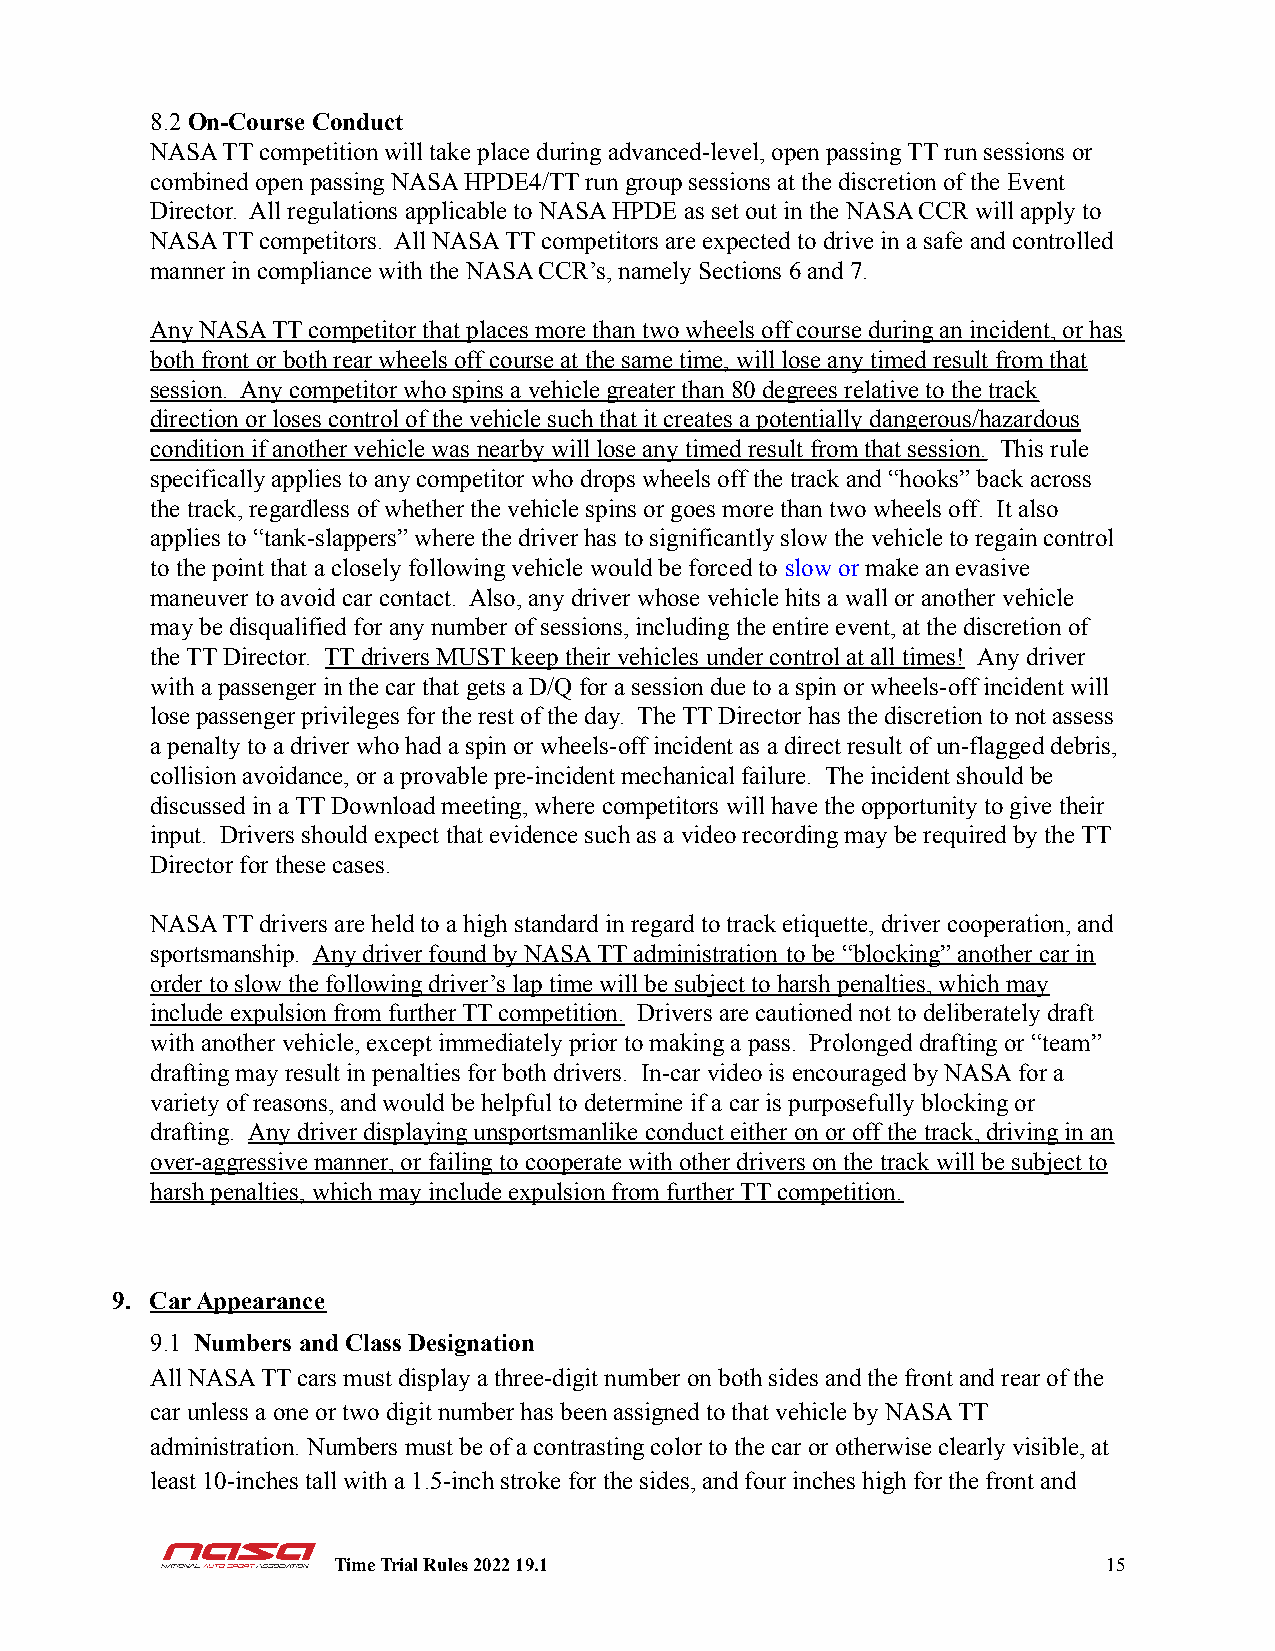
8.2On-Course Conduct
 NASA TT competition will take place during advanced-level, open passing TT run sessions or
 combined open passing NASA HPDE4/TT run group sessions at the discretion of the Event
 Director. All regulations applicable to NASA HPDE as set out in the NASA CCR will apply to
 NASA TT competitors. All NASA TT competitors are expected to drive in a safe and controlled
 manner in compliance with the NASA CCR’s, namely Sections 6 and 7.
 Any NASA TT competitor that places more than two wheels off course during an incident, or has
 both front or both rear wheels off course at the same time, will lose any timed result from that
 session. Any competitor who spins a vehicle greater than 80 degrees relative to the track
 direction or loses control of the vehicle such that it creates a potentially dangerous/hazardous
 condition if another vehicle was nearby will lose any timed result from that session. This rule
 specifically applies to any competitor who drops wheels off the track and “hooks” back across
 the track, regardless of whether the vehicle spins or goes more than two wheels off. It also
 applies to “tank-slappers” where the driver has to significantly slow the vehicle to regain control
 to the point that a closely following vehicle would be forced to slow or make an evasive
 maneuver to avoid car contact. Also, any driver whose vehicle hits a wall or another vehicle
 may be disqualified for any number of sessions, including the entire event, at the discretion of
 the TT Director. TT drivers MUST keep their vehicles under control at all times! Any driver
 with a passenger in the car that gets a D/Q for a session due to a spin or wheels-off incident will
 lose passenger privileges for the rest of the day. The TT Director has the discretion to not assess
 a penalty to a driver who had a spin or wheels-off incident as a direct result of un-flagged debris,
 collision avoidance, or a provable pre-incident mechanical failure. The incident should be
 discussed in a TT Download meeting, where competitors will have the opportunity to give their
 input. Drivers should expect that evidence such as a video recording may be required by the TT
 Director for these cases.
 NASA TT drivers are held to a high standard in regard to track etiquette, driver cooperation, and
 sportsmanship. Any driver found by NASA TT administration to be “blocking” another car in
 order to slow the following driver’s lap time will be subject to harsh penalties, which may
 include expulsion from further TT competition. Driversare cautioned not to deliberately draft
 with another vehicle, except immediately prior to making a pass. Prolonged drafting or “team”
 drafting may result in penalties for both drivers. In-car video is encouraged by NASA for a
 variety of reasons, and would be helpful to determine if a car is purposefully blocking or
 drafting. Any driver displaying unsportsmanlike conduct either on or off the track, driving in an
 over-aggressive manner, or failing to cooperate with other drivers on the track will be subject to
 harsh penalties, which may include expulsion from further TT competition.
 9. Car Appearance
 9.1 Numbers and Class Designation
 All NASA TT cars must display a three-digit number on both sides and the front and rear of the
 car unless a one or two digit number has been assigned to that vehicle by NASA TT
 administration. Numbers must be of a contrasting color to the car or otherwise clearly visible, at
 least 10-inches tall with a 1.5-inch stroke for the sides, and four inches high for the front and
 Time Trial Rules 2022 19.1                         15